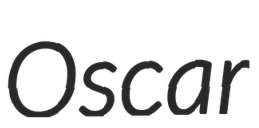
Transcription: Oscar